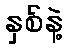
နှစ်နဲ့